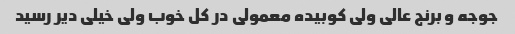
جوجه و برنج عالی ولی کوبیده معمولی در کل خوب ولی خیلی دیر رسید